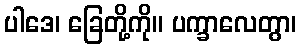
ပါဒေ၊ ခြေတို့ကို။ ပက္ခာလေတွာ၊